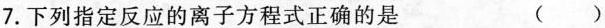
7.下列指定反应的离子方程式正确的是 ()